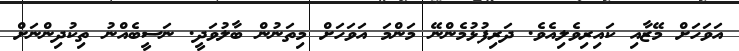
އަވަހަށް މޭޒާއި ކައިރިވެލިއެވެ. ދަރިފުޅުމެންނޭ މަންމަ އަވަހަށް މިތަނުން ބާލުވަދީ. ނަސީބެއްނު ތިކުދިންނަށް